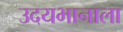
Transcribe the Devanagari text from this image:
उदयभानाला